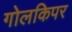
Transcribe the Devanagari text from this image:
गोलकिपर